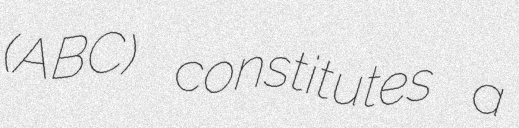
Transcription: (ABC) constitutes a